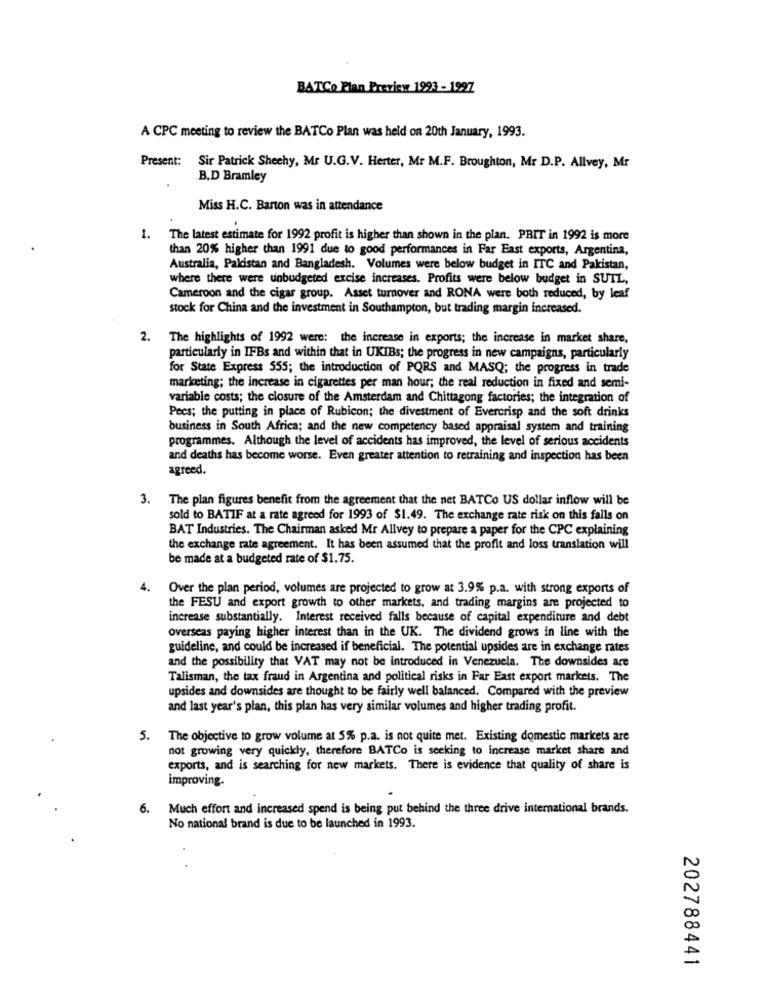
BATCo Plan Preview 1993 - 1997
A CPC meeting to review the BATCo Plan was held on 20th January, 1993.
Present:
Sir Patrick Shechy, Mr U.G.V. Herter, Mr M.F. Broughton, Mr D.P. Allvey, Mr
B.D Bramley
Miss H.C. Barton was in attendance
1. The latest estimate for 1992 profit is higher than shown in the plan. PBIT in 1992 is more
than 20% higher than 1991 due to good performances in Far East exports, Argentina,
Australia, Pakistan and Bangladesh. Volumes were below budget in ITC and Pakistan,
where there were unbudgeted excise increases. Profits were below budget in SUTL,
Cameroon and the cigar group. Asset turnover and RONA were both reduced, by leaf
stock for China and the investment in Southampton, but trading margin increased.
2. The highlights of 1992 were: the increase in exports; the increase in market share,
particularly in IFBs and within that in UKIBs; the progress in new campaigns, particularly
for State Express 555; the introduction of PQRS and MASQ; the progress in trade
marketing; the increase in cigarettes per man hour; the real reduction in fixed and semi-
variable costs; the closure of the Amsterdam and Chittagong factories; the integration of
Pecs; the putting in place of Rubicon; the divestment of Evercrisp and the soft drinks
business in South Africa; and the new competency based appraisal system and training
programmes. Although the level of accidents has improved, the level of serious accidents
and deaths has become worse. Even greater attention to retraining and inspection has been
agreed.
3. The plan figures benefit from the agreement that the net BATCo US dollar inflow will be
sold to BATIF at a rate agreed for 1993 of $1.49. The exchange rate risk on this falls on
BAT Industries. The Chairman asked Mr Allvey to prepare a paper for the CPC explaining
the exchange rate agreement. It has been assumed that the profit and loss translation will
be made at a budgeted rate of $1.75.
4.
Over the plan period, volumes are projected to grow at 3.9% p.a. with strong exports of
the FESU and export growth to other markets, and trading margins are projected to
increase substantially. Interest received falls because of capital expenditure and debt
overseas paying higher interest than in the UK. The dividend grows in line with the
guideline, and could be increased if beneficial. The potential upsides are in exchange rates
and the possibility that VAT may not be introduced in Venezuela. The downsides are
Talisman, the tax fraud in Argentina and political risks in Far East export markets. The
upsides and downsides are thought to be fairly well balanced. Compared with the preview
and last year's plan, this plan has very similar volumes and higher trading profit.
5.
The objective to grow volume at 5% p.a. is not quite met. Existing domestic markets are
not growing very quickly, therefore BATCo is seeking to increase market share and
exports, and is searching for new markets. There is evidence that quality of share is
improving.
6. Much effort and increased spend is being put behind the three drive international brands.
No national brand is due to be launched in 1993.
202788441